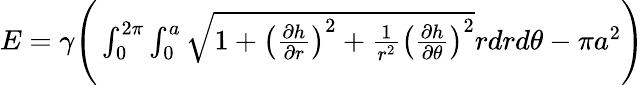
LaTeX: \begin{array}{r}{E=\gamma\Bigg(\int_{0}^{2\pi}\int_{0}^{a}\sqrt{1+\left(\frac{\partial h}{\partial r}\right)^{2}+\frac{1}{r^{2}}\left(\frac{\partial h}{\partial\theta}\right)^{2}}rdrd\theta-\pi a^{2}\Bigg)}\end{array}